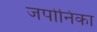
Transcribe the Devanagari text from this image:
जपोनिका